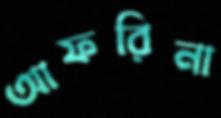
আফরিনা